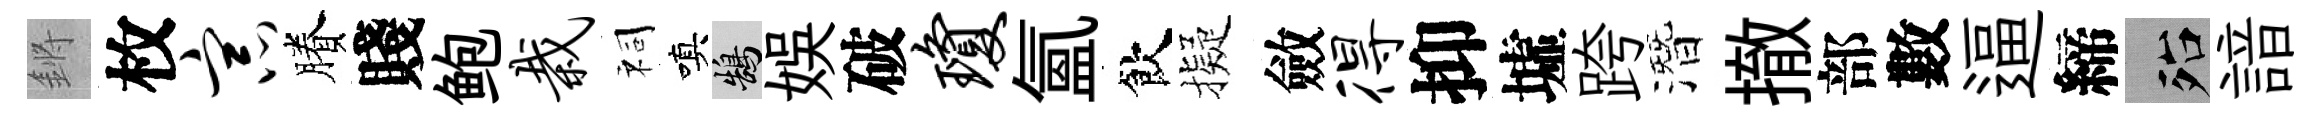
鏘枚宗賸賤鲍栽祠嗔鵠娱破琼氳飲擬斂得抑墟跨潛撤部數逼締殆諳